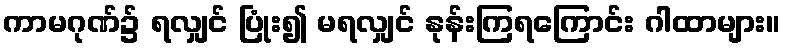
ကာမဂုဏ်၌ ရလျှင် ပြုံး၍ မရလျှင် နုန်းကြရကြောင်း ဂါထာများ။